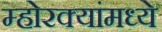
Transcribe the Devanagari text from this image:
म्होरक्यांमध्ये